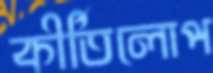
কীর্তিলোপ